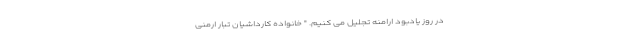
در روز یادبود ارامنه تجلیل می کنیم. " خانواده کارداشیان تبار ارمنی